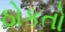
ઠોકતો